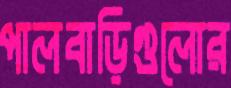
পালবাড়িগুলোর